Annual report of the Punjab Veterinary College and of the Civil Veterinary Department, Punjab - 1909-1919
Year: 1909
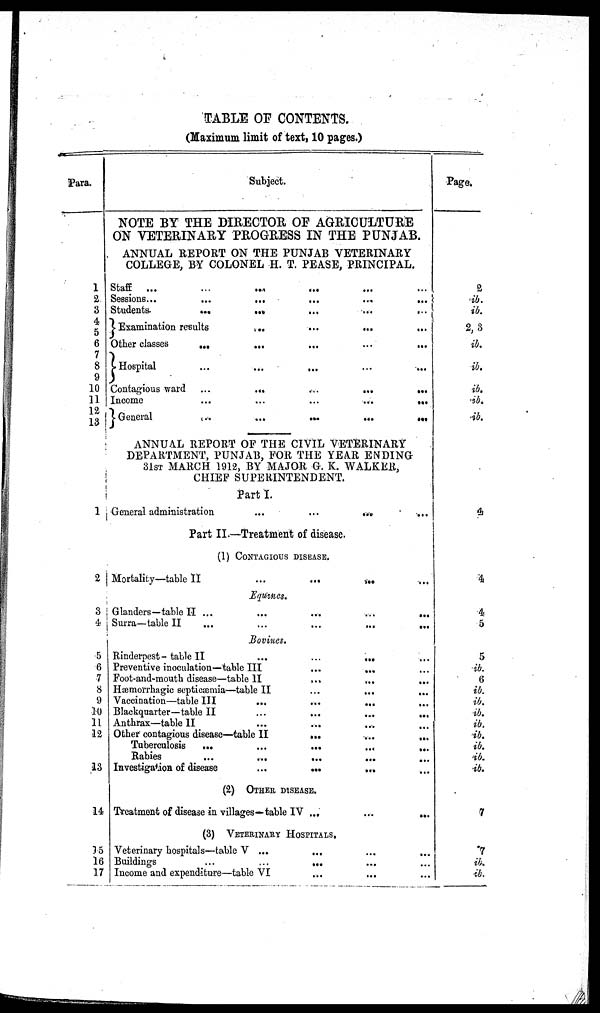
TABLE OF CONTENTS.
(Maximum limit of text, 10 pages.)
Para.
1
a. 3
4
5
6
7 7
8
10
11
13
1
2
3
4
5
6
7
8
9
10
11
12
13
14
15
16
17
Subject.
NOTE BY THE DIRECTOR OF AGRICULTURE
ON VETERINARY PROGRESS IN THE PUNJAB.
ANNUAL REPORT ON THE PUNJAB VETERINARY
COLLEGE, BY COLONEL H. T. PEASE, PRINCIPAL.
Staff
...
...
...
...
...
...
Sessions...
...
...
...
...
...
Students
...
...
...
...
...
Examination results
...
...
...
...
Other classes
...
...
...
...
...
Hospital
...
...
...
...
...
Contagious ward
...
...
...
...
...
Income
...
...
...
...
...
General
...
...
...
...
...
ANNUAL REPORT OF THE CIVIL VETERINARY
DEPARTMENT, PUNJAB, FOR THE YEAR ENDING
31ST MARCH 1912, BY MAJOR G. K. WALKER,
CHIEF SUPERINTENDENT.
Part
I.
General administration
...
...
...
...
Part II.—Treatment of disease.
(1) CONTAGIOUS DISEASE.
Mortality—table
II
...
...
...
Equines.
Glanders—table II ...
...
...
...
...
Surra—table II
...
...
...
...
...
Bovines.
Rinderpest-table II
...
...
...
Preventive inoculation—table III
...
...
Foot-and-mouth disease—table
II
...
...
...
Hæmorrhagic septicæmia—table II
...
...
Vaccination—table III ... ... ... ...
Blackquarter—table II
...
...
...
...
Anthrax—table II ... ... ... ...
Other contagious disease—table II
...
.....
...
Tuberculosis
...
...
...
...
...
Rabies
...
...
...
...
...
Investigation of
disease...
...
...
(2)
OTHER DISEASE.
Treatment of disease in villages—table IV ...
...
...
(3) VETERINARY HOSPITALS.
Veterinary hospitals—table V ...
...
...
...
Buildings
...
...
...
Income and expenditure—table VI ... ... ...
Page.
2
ib.
ib.
2, 3
ib.
ib.
ib.
ib.
ib.
4
4
4
5
5
ib.
6
ib.
ib.
ib.
ib.
ib.
ib.
ib.
ib.
7
7
ib.
ib.